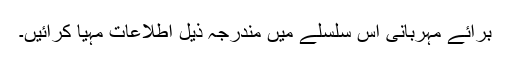
برائے مہربانی اس سلسلے میں مندرجہ ذیل اطلاعات مہیا کرائیں۔